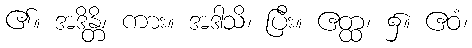
၏။ အဒိန္တိ၊ ကား။ အဒါသိ၊ ပြီး။ ဧတ္ထ၊ ၌။ ဧဝံ၊